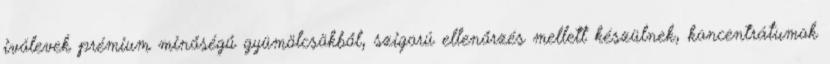
ivólevek prémium minőségű gyümölcsökből, szigorú ellenőrzés mellett készülnek, koncentrátumok